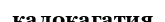
калокагатия